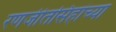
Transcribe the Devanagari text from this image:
रणजीतसिंहांच्या